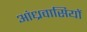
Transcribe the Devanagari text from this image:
आंध्रवासियों